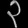
Digit: ၃